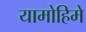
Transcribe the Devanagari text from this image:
यामोहिमे